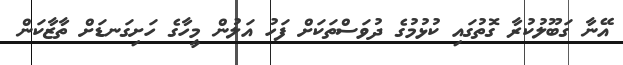
އޭނާ ގަބޫލުކުރާ ގޮތުގައި ކުޅުމުގެ ދުވަސްތަކަށް ފަހު އަލުން މީހާގެ ހަށިގަނޑަށް ތާޒާކަން